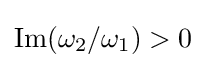
\operatorname {Im} (\omega _{2}/\omega _{1})>0